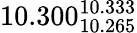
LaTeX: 10.300_{10.265}^{10.333}